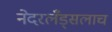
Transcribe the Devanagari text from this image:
नेदरलँड्सलाच